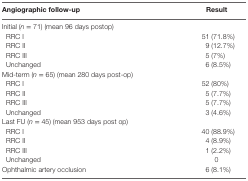
<table><thead><tr><td><b>Angiographic follow-up</b></td><td><b>Result</b></td></tr></thead><tbody><tr><td colspan="2">Initial (<i>n</i> = 71) (mean 96 days postop)</td></tr><tr><td> RRC I</td><td>51 (71.8%)</td></tr><tr><td> RRC II</td><td>9 (12.7%)</td></tr><tr><td> RRC III</td><td>5 (7%)</td></tr><tr><td> Unchanged</td><td>6 (8.5%)</td></tr><tr><td colspan="2">Mid-term (<i>n</i> = 65) (mean 280 days post-op)</td></tr><tr><td> RRC I</td><td>52 (80%)</td></tr><tr><td> RRC II</td><td>5 (7.7%)</td></tr><tr><td> RRC III</td><td>5 (7.7%)</td></tr><tr><td> Unchanged</td><td>3 (4.6%)</td></tr><tr><td colspan="2">Last FU (<i>n</i> = 45) (mean 953 days post op)</td></tr><tr><td> RRC I</td><td>40 (88.9%)</td></tr><tr><td> RRC II</td><td>4 (8.9%)</td></tr><tr><td> RRC III</td><td>1 (2.2%)</td></tr><tr><td> Unchanged</td><td>0</td></tr><tr><td>Ophthalmic artery occlusion</td><td>6 (8.1%)</td></tr></tbody></table>